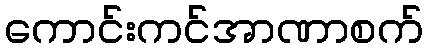
ကောင်းကင်အာဏာစက်